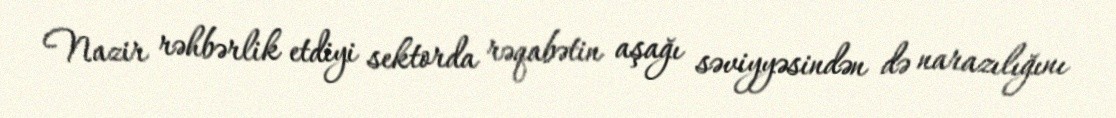
Nazir rəhbərlik etdiyi sektorda rəqabətin aşağı səviyyəsindən də narazılığını